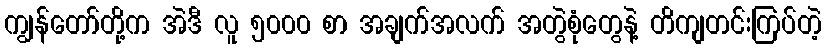
ကျွန်တော်တို့က အဲဒီ လူ ၅၀၀၀ စာ အချက်အလက် အတွဲစုံတွေနဲ့ တိကျတင်းကြပ်တဲ့